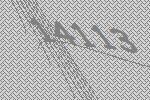
14113